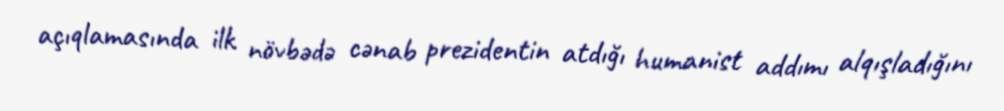
açıqlamasında ilk növbədə cənab prezidentin atdığı humanist addımı alqışladığını